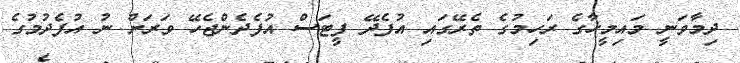
ދިމާވަނީ މައިމީހާގެ ރަހިމުގެ ތެރޭގައި އުފެދޭ ފީޓަސް އުފެދެންޖެހޭ ވަރަށް ނު އުފެދުމުގެ